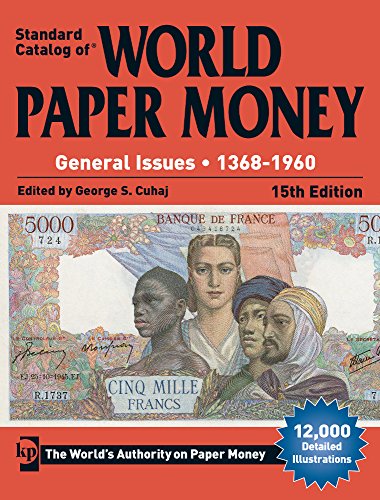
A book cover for Standard Catalog of World Paper Money, General Issues, 1368-1960 (Standard Catlog of World Paper Money Vol 2: General Issues); Crafts, Hobbies & Home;